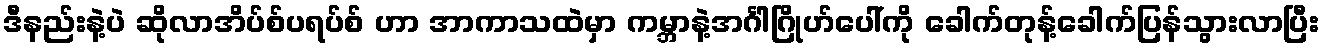
ဒီနည်းနဲ့ပဲ ဆိုလာအိပ်စ်ပရပ်စ် ဟာ အာကာသထဲမှာ ကမ္ဘာနဲ့အင်္ဂါဂြိုဟ်ပေါ်ကို ခေါက်တုန့်ခေါက်ပြန်သွားလာပြီး